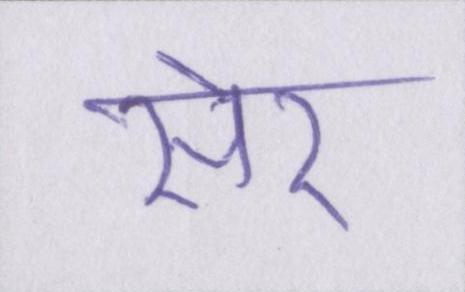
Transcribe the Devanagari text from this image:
सेर